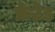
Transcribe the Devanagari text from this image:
फ्रेटेड